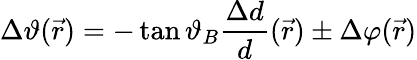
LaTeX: \Delta\vartheta({\vec{r}})=-\tan\vartheta_{B}{\frac{\Delta d}{d}}({\vec{r}})\pm\Delta\varphi({\vec{r}})